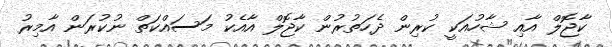
ކާޖޮލް އާއި ޝާހުއަކީ ކުރިން ދެހަތުރުން ކާޖޮލް އާއެކު މަސައްކަތް ނުކުރަން އާމިރު